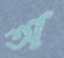
অ